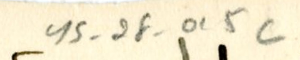
YS_2F_015c